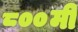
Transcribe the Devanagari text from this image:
८००मी